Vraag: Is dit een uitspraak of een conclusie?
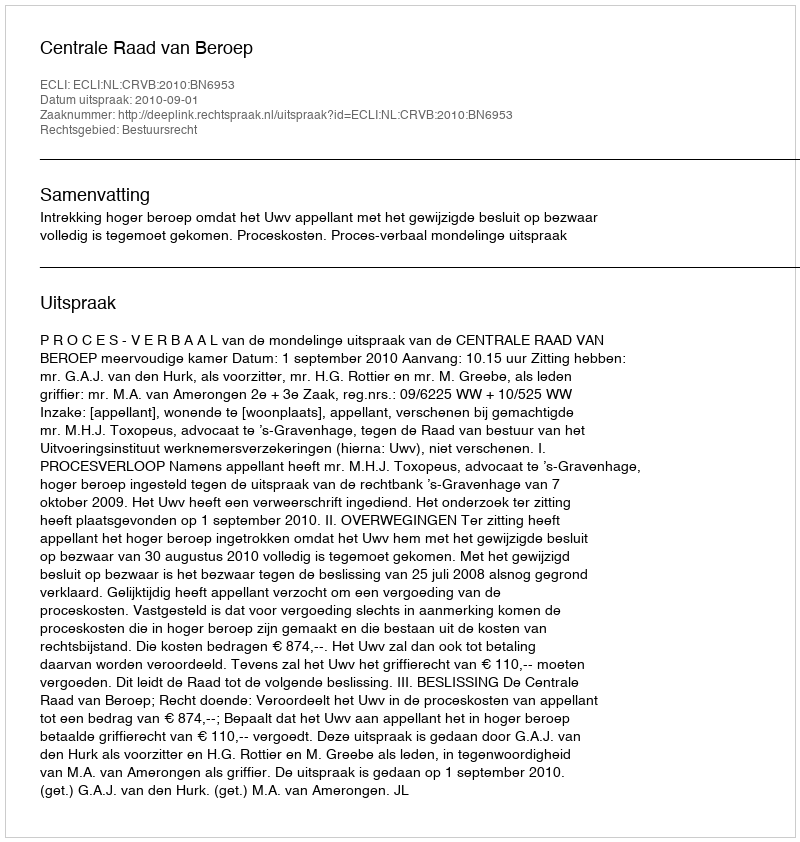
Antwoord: Uitspraak